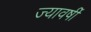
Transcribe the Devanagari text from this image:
ज्यावर्षी